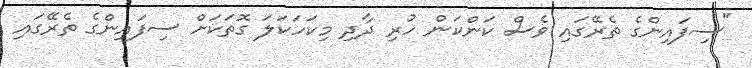
"ސިފައިންގެ ތެރޭގައި ވެސް ކަންކަން ހުރި ދާދި މިކަހަކަލަ ގޮތަކަށް ސިފައިންގެ ތެރޭގައި